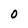
Character: 0